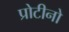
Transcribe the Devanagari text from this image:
प्रोटीनो